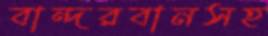
বান্দরবানসহ